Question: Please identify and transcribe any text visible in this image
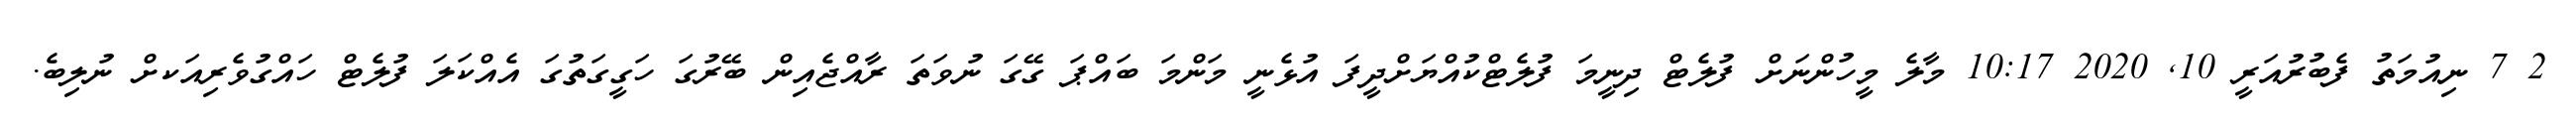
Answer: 2 7 ނިއުމަތު ފެބުރުއަރީ 10, 2020 10:17 މާލެ މީހުންނަށް ފުލެޓް ދިނީމަ ފުލެޓްކުއްޔަށްދީފަ އުޅެނީ މަންމަ ބައްޕަ ގޭގަ ނުވަތަ ރާއްޖެއިން ބޭރުގަ ހަގީގަތުގަ އެއްކަލަ ފުލެޓް ހައްގުވެރިއަކށް ނުލިބެ.